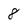
Character: 8